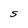
Character: S